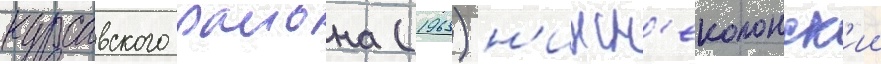
курсавского раиона (1963) н'ижн'еколонск'ии